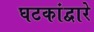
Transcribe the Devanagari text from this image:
घटकांद्वारे